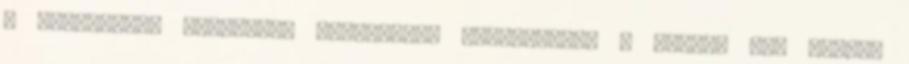
a barátainak bármilyen társadalmi hálózatban. A gombok egy kicsit